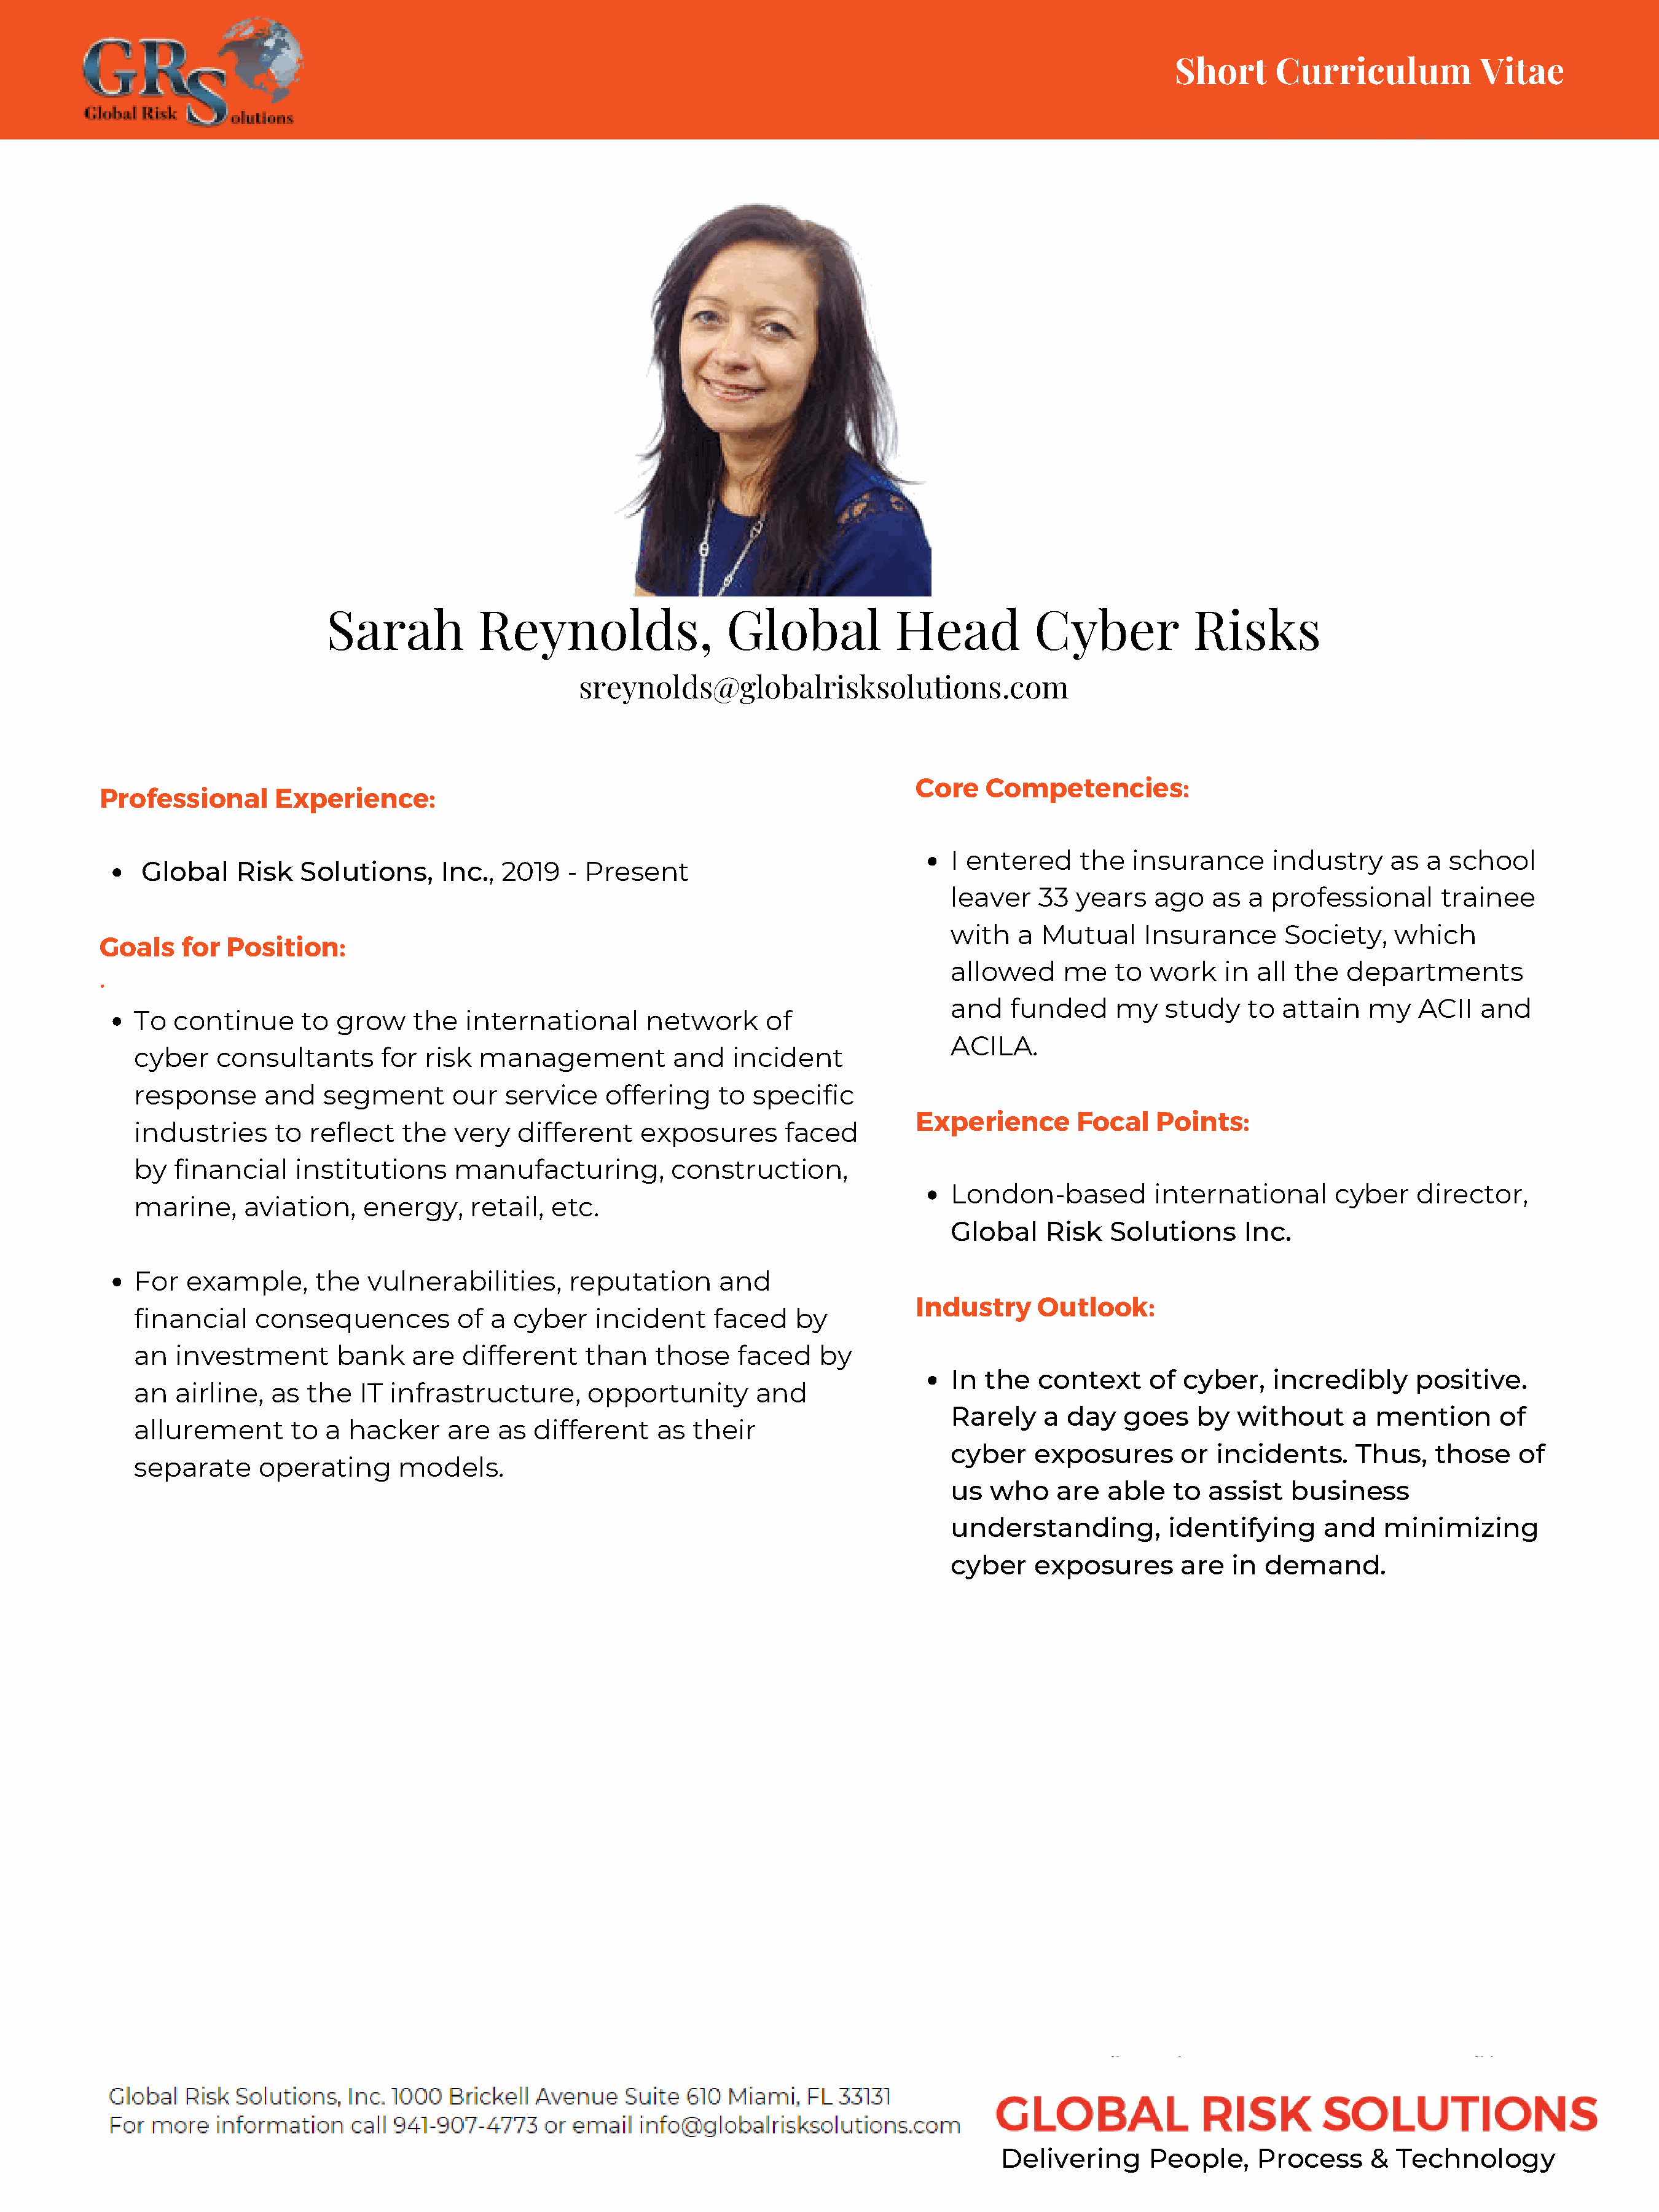
Short     Curriculum            Vitae
 Sarah           Reynolds,                  Global            Head           Cyber             Risks
 sreynolds@globalrisksolutions.com
 Core   Competencies:
 Professional       Experience:
 I entered     the   insurance      industry     as  a school
 Global    Risk   Solutions,     Inc.,  2019   - Present
 leaver    33  years   ago    as a  professional      trainee
 with    a Mutual     Insurance      Society,    which
 Goals    for Position:
 allowed      me   to  work    in all the   departments
 ·
 and    funded     my    study   to  attain   my    ACII  and
 To   continue     to  grow    the   international       network      of
 ACILA.
 cyber    consultants       for  risk  management           and   incident
 response      and    segment       our  service    offering    to  specific
 Experience       Focal    Points:
 industries      to reflect   the   very   different    exposures       faced
 by   financial    institutions     manufacturing,         construction,
 London-based          international       cyber    director,
 marine,     aviation,    energy,     retail, etc.
 Global     Risk   Solutions     Inc.
 For   example,      the   vulnerabilities,     reputation      and
 Industry     Outlook:
 financial     consequences         of  a cyber    incident     faced    by
 an   investment       bank    are   different    than    those   faced    by
 In  the   context     of cyber,    incredibly     positive.
 an   airline,  as  the   IT infrastructure,      opportunity       and
 Rarely    a  day   goes    by  without      a mention       of
 allurement       to  a  hacker    are   as different     as  their
 cyber    exposures       or  incidents.     Thus,    those    of
 separate      operating      models.
 us   who    are  able   to  assist   business
 understanding,          identifying      and   minimizing
 cyber    exposures       are   in demand.
 Delivering      People,    Process      & Technology